Indian journal of veterinary science and animal husbandry - Volumes 26-27, 1956-1957
Year: 1956
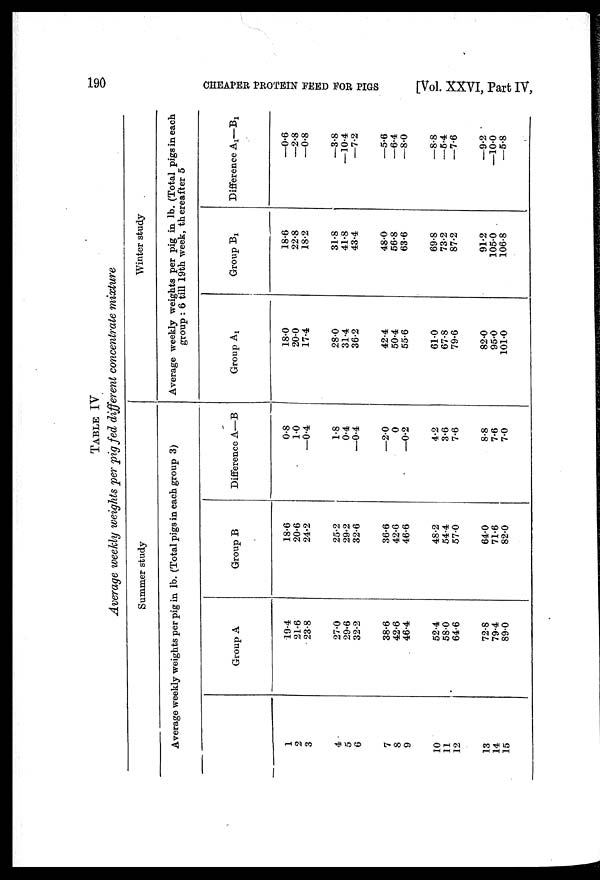
190
CHEAPER PROTEIN FEED FOR PIGS
[Vol. XXVI, Part IV,
TABLE IV
Average weekly weights per pig fed different concentrate mixture
Summer study
Average weekly weights per pig in lb. (Total pigs in each group 3)
1
2
3
4
5
6
7
8
9
10
11
12
13
14
15
Group A
19.4
21.6
23.8
27.0
29.6
32.2
38.6
42.6
46.4
52.4
58.0
64.6
72.8
79.4
89.0
Group B
18.6
20.6
24.2
25.2
29.2
32.6
36.6
42.6
46.6
48.2
54.4
57.0
64.0
71.6
82.0
Difference A—B
0.8
1.0
—0.4
1.8
0.4
—0.4
—2.0
0
—0.2
4.2
3.6
7.6
8.8
7.6
7.0
Winter study
Average weekly weights per pig in lb. (Total pigs in each
group: 6 till 19th week, thereafter 5
Group A 1
18.0
20.0
17.4
28.0
31.4
36.2
42.4
50.4
55.6
61.0
67.8
79.6
82.0
95.0
101.0
Group B 1
18.6
22.8
18.2
31.8
41.8
43.4
48.0
56.8
63.6
69.8
73.2
87.2
91.2
105.0
106.8
Difference A 1 —B 1
—0.6
—2.8
—0.8
—3.8
—10.4
—7.2
—5.6
—6.4
—8.0
—8.8
—5.4
—7.6
—9.2
—10.0
—5.8